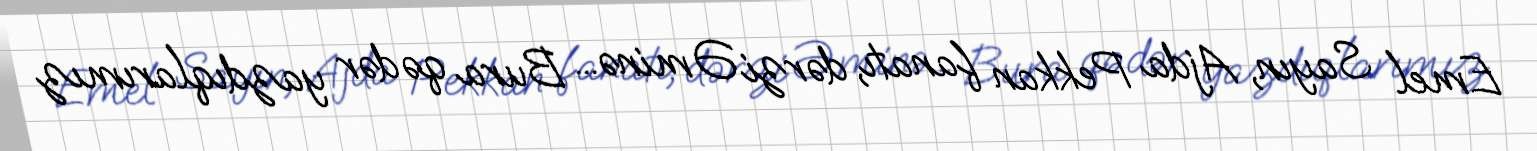
Emel Sayın, Ajda Pekkan fanatı, dərzi Əminə... Bura qədər yazdıqlarımız